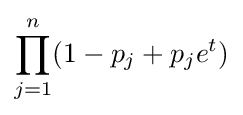
\prod \limits _{j=1}^{n}(1-p_{j}+p_{j}e^{t})